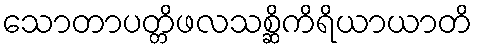
သောတာပတ္တိဖလသစ္ဆိကိရိယာယာတိ